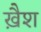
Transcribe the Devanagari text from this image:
ख़ैश